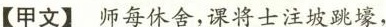
【甲文】师每休舍，课将士注坡跳壕，